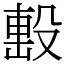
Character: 𣪠